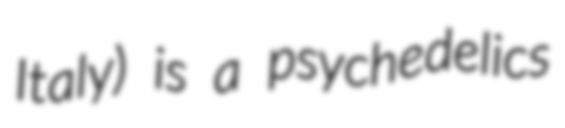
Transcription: Italy) is a psychedelics